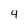
Character: 4